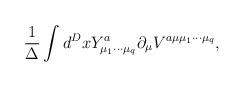
LaTeX: \begin{align*}\frac{1}{\Delta}\int d^{D}x Y^{a}_{{\mu}_{1}{\cdots}{\mu}_{q}}{\partial}_{\mu}V^{a{\mu}{\mu}_{1}{\cdots}{\mu}_{q}},\end{align*}